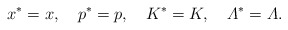
\begin{align*}x^*=x,\quad p^*=p,\quad K^*=K,\quad {\mit\Lambda}^*={\mit\Lambda}.\end{align*}